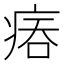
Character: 𤶕